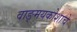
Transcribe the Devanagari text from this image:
वाङ्मयकोशाचे